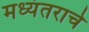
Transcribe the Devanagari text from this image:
मध्यंतराचे